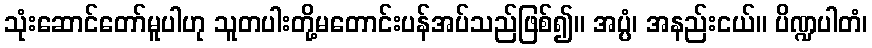
သုံးဆောင်တော်မူပါဟု သူတပါးတို့မတောင်းပန်အပ်သည်ဖြစ်၍။ အပ္ပံ၊ အနည်းငယ်။ ပိဏ္ဍပါတံ၊